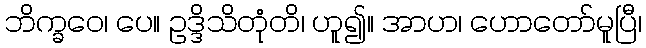
ဘိက္ခဝေ၊ ပေ။ ဥဒ္ဒိသိတုံတိ၊ ဟူ၍။ အာဟ၊ ဟောတော်မူပြီ၊